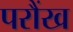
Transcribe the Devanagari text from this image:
परौंख